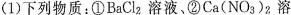
(1) 下列物质：①BaCl_{2} 溶液。②Ca(NO_{3})_{2}溶